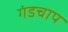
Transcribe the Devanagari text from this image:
गंडचाप